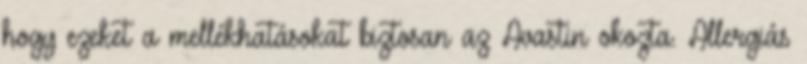
hogy ezeket a mellékhatásokat biztosan az Avastin okozta. Allergiás